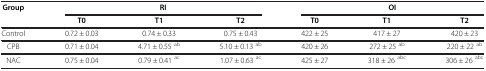
<table><thead><tr><td rowspan="2"><b>Group</b></td><td colspan="3"><b>RI</b></td><td colspan="3"><b>OI</b></td></tr><tr><td><b>T0</b></td><td><b>T1</b></td><td><b>T2</b></td><td><b>T0</b></td><td><b>T1</b></td><td><b>T2</b></td></tr></thead><tbody><tr><td>Control</td><td>0.72 ± 0.03</td><td>0.74 ± 0.33</td><td>0.75 ± 0.43</td><td>422 ± 25</td><td>417 ± 27</td><td>420 ± 23</td></tr><tr><td>CPB</td><td>0.71 ± 0.04</td><td>4.71 ± 0.55 <sup>ab</sup></td><td>5.10 ± 0.13 <sup>ab</sup></td><td>420 ± 26</td><td>272 ± 25 <sup>ab</sup></td><td>220 ± 22 <sup>ab</sup></td></tr><tr><td>NAC</td><td>0.75 ± 0.04</td><td>0.79 ± 0.41 <sup>ac</sup></td><td>1.07 ± 0.63 <sup>ac</sup></td><td>425 ± 27</td><td>318 ± 26 <sup>abc</sup></td><td>306 ± 26 <sup>abc</sup></td></tr></tbody></table>